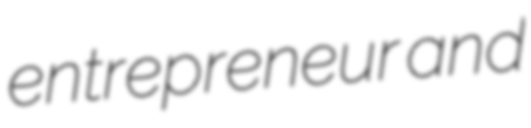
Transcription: entrepreneur and